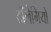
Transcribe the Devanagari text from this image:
टॉलेमियों